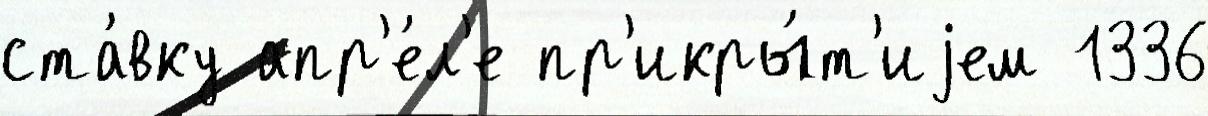
ста́вку апр'е́л'е пр'икры́т'иjем 1336